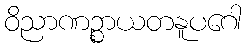
ဝိညာဏဉ္စာယတနူပဂေါ